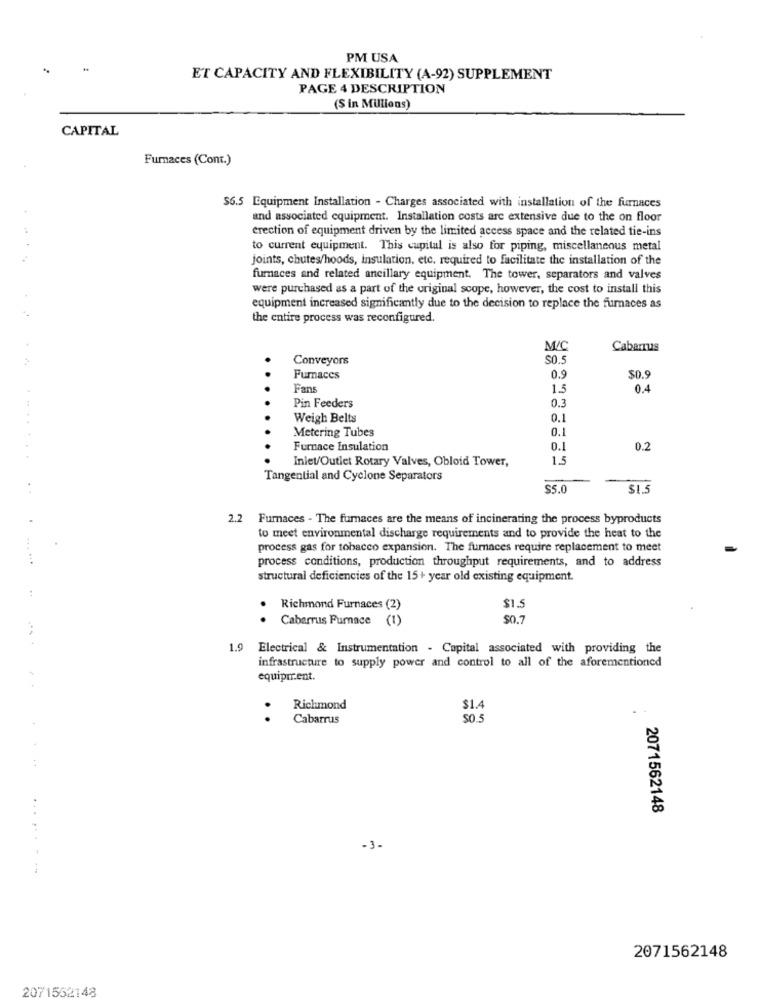
PM USA
ET CAPACITY AND FLEXIBILITY (A-92) SUPPLEMENT
PAGE 4 DESCRIPTION
(S in Millions)
CAPITAL
Furnaces (Cont.)
$6.5 Equipment Installation - Charges associated with installation of the furnaces
and associated equipment. Installation costs are extensive due to the on floor
erection of equipment driven by the limited access space and the related tie-ins
to current equipment. This capital is also for piping, miscellaneous metal
joints, chutes/hoods, insulation, etc. required to facilitate the installation of the
furnaces and related ancillary equipment. The tower, separators and valves
were purchased as a part of the original scope, however, the cost to install this
equipment increased significantly due to the decision to replace the furnaces as
the entire process was reconfigured.
M/C
Cabarrus
Conveyors
SO.
Furnaces
0.9
$0.9
Fans
1.5
0.4
0.3
Pin Feeders
Weigh Belts
0.1
Metering Tubes
0.1
Furnace Insulation
0.1
0.2
Inlet/Outlet Rotary Valves, Obloid Tower,
1.5
Tangential and Cyclone Separators
SS.
$1.5
2.2
Furnaces - The furnaces are the means of incinerating the process byproducts
to meet environmental discharge requirements and to provide the heat to the
process gas for tobacco expansion. The furnaces require replacement to meet
process conditions, production throughput requirements, and to address
structural deficiencies of the 15+ year old existing equipment.
.
Richmond Furnaces (2)
$1.5
Cabarrus Furnace (1)
1.9 Electrical & Instrumentation - Capital associated with providing the
infrastructure to supply power and control to all of the aforementioned
equipment.
Richmond
$1.4
Cabarrus
50.5
2071562148
-3.
2071562148
2071552148